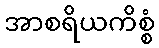
အာစရိယကိစ္စံ